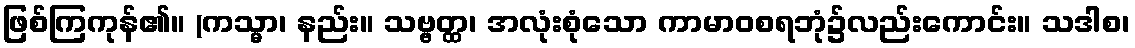
ဖြစ်ကြကုန်၏။ (ကသ္မာ၊ နည်း။ သဗ္ဗတ္ထ၊ အလုံးစုံသော ကာမာဝစရဘုံ၌လည်းကောင်း။ သဒါစ၊